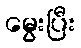
မွေးပြီး